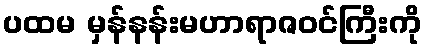
ပထမ မှန်နန်းမဟာရာဇဝင်ကြီးကို